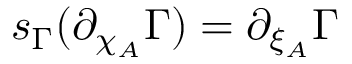
s _ { \Gamma } ( \partial _ { \chi _ { A } } \Gamma ) = \partial _ { \xi _ { A } } \Gamma